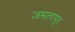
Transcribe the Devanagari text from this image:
जमलापुर